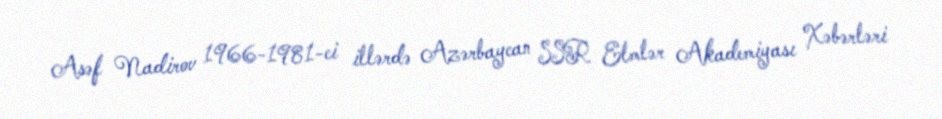
Asəf Nadirov 1966-1981-ci illərdə Azərbaycan SSR Elmlər Akademiyası Xəbərləri